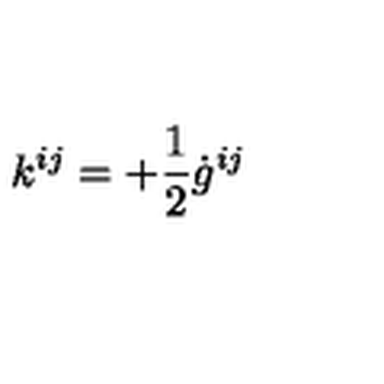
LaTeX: k ^ { i j } = + \frac { 1 } { 2 } \dot { g } ^ { i j }